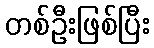
တစ်ဦးဖြစ်ပြီး